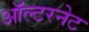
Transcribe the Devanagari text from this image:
ऑल्टरनेट